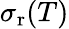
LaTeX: \sigma_{\mathrm{r}}(T)